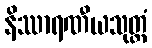
နိဿာရဏီယသုတ္တံ